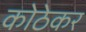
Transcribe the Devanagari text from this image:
कोठेकर